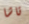
تاشا